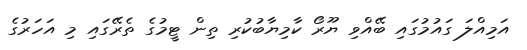
އަމިއްލަ ގައުމުގައި ބޭއްވި ޔޫރޯ ކާމިޔާބުކުރި ތިން ޓީމުގެ ތެރޭގައި މި އަހަރުގެ